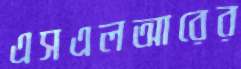
এসএলআরের